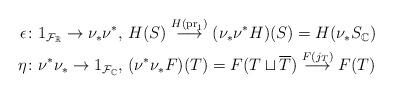
LaTeX: \begin{align*}\epsilon & \colon 1_{\mathcal{F_{\mathbb{R}}}}\to\nu_{*}\nu^{*},\,H(S)\stackrel{H(\mathrm{pr}_{1})}{\longrightarrow}(\nu_{*}\nu^{*}H)(S)=H(\nu_{*}S_{\mathbb{C}})\\\eta & \colon \nu^{*}\nu_{*}\to1_{\mathcal{F}_{\mathbb{C}}},\,(\nu^{*}\nu_{*}F)(T)=F(T\sqcup\overline{T})\stackrel{F(j_{T})}{\longrightarrow}F(T)\end{align*}